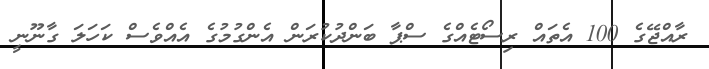
ރާއްޖޭގެ 100 އެތައް ރިސޯޓެއްގެ ސްޕާ ބަންދުކުރަން އެންގުމުގެ އެއްވެސް ކަހަލަ ގާނޫނީ